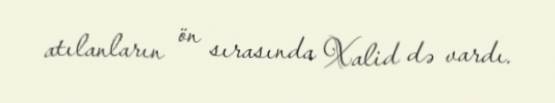
atılanların ön sırasında Xalid də vardı.